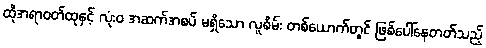
ထိုအရာဝတ်ထုနှင့် လုံးဝ အဆက်အစပ် မရှိသော လူစိမ်း တစ်ယောက်တွင် ဖြစ်ပေါ်နေတတ်သည့်